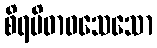
စိရမိဓာဝသေသော